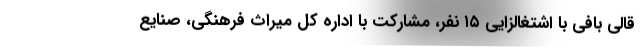
قالی بافی با اشتغالزایی ۱۵ نفر، مشارکت با اداره کل میراث فرهنگی، صنایع